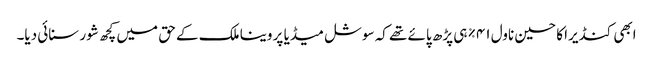
ابھی کنڈیرا کا حسین ناول ۴۱% ہی پڑھ پائے تھے کہ سوشل میڈیا پر وینا ملک کے حق میں کچھ شور سنائی دیا۔